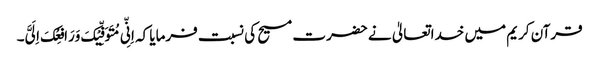
قرآن کریم میں خداتعالیٰ نے حضرت مسیح کی نسبت فرمایا کہ اِنِّی مُتَوَفِّیْکَ وَرَافِعُکَ اِلَیَّ۔